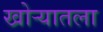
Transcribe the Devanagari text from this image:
खोर्‍यातला